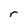
Character: r